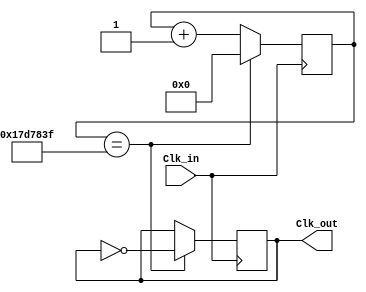
module Freq_Divider#(
  parameter sys_clk = 50000000,	// 50 MHz system clock
				clk_out = 1				// 1 Hz clock output
							)
  (Clk_in, Clk_out);

  // input ports
  input wire Clk_in;

  // output ports
  output reg Clk_out;
  
//	 initial begin		//	Initialize Clk_out for simulation purposes
//	 Clk_out=1'b0;
//  end

  // counter size calculation according to input and output frequencies
  parameter max = sys_clk / (2*clk_out); // max-counter size. clk_out has 50% duty cycle

  localparam N=log2(max);	//	numbers of bits needed in the counter

  reg [N-1:0]counter = 0; // N-bit counter size

  always@(posedge Clk_in) begin
    if (counter == max-1)
      begin
        counter <= 0;
        Clk_out <= ~Clk_out;
      end
    else
      begin
        counter <= counter + 1'd1;
      end
  end

  //function to calculate the bits for the counter according to the size of M
  function integer log2(input integer n);
    integer i;
    begin
      log2=1;
      for (i=0; 2**i < n; i=i+1)
        log2=i+1;
    end

  endfunction

endmodule